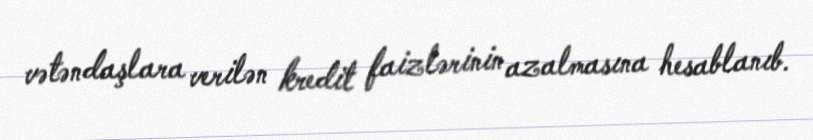
vətəndaşlara verilən kredit faizlərinin azalmasına hesablanıb.